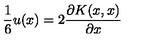
{ \frac { 1 } { 6 } } u ( x ) = 2 { \frac { \partial K ( x , x ) } { \partial x } }